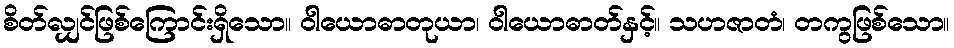
စိတ်လျှင်ဖြစ်ကြောင်းရှိသော။ ဝါယောဓာတုယာ၊ ဝါယောဓာတ်နှင့်။ သဟဇာတံ၊ တကွဖြစ်သော။